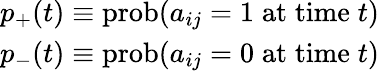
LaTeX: \begin{array}{r}{p_{+}(t)\equiv\mathrm{prob}(a_{ij}=1\; \mathrm{at}\; \mathrm{time}\; t)}\\ {p_{-}(t)\equiv\mathrm{prob}(a_{ij}=0\; \mathrm{at}\; \mathrm{time}\; t)}\end{array}